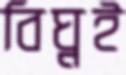
বিঘ্নই